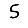
Digit: 5